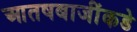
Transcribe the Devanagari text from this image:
आतषबाजींकडे